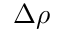
\Delta \rho